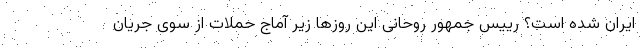
ایران شده است؟ رییس جمهور روحانی این روزها زیر آماج حملات از سوی جریان